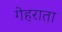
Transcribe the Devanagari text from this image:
गेहराता